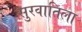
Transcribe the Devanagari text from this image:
सुरवातिला